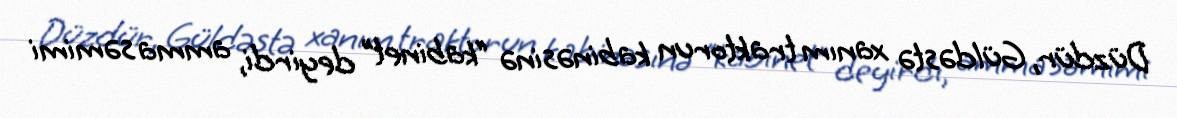
Düzdür, Güldəstə xanım traktorun kabinəsinə “kabinet” deyirdi, amma səmimi